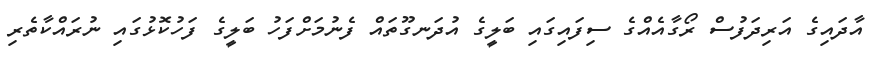
އާދައިގެ އަރިދަފުސް ރޯގާއެއްގެ ސިފައިގައި ބަލީގެ އުދަނގޫތައް ފެނުމަށްފަހު ބަލީގެ ފަހުކޮޅުގައި ނުރައްކާތެރި